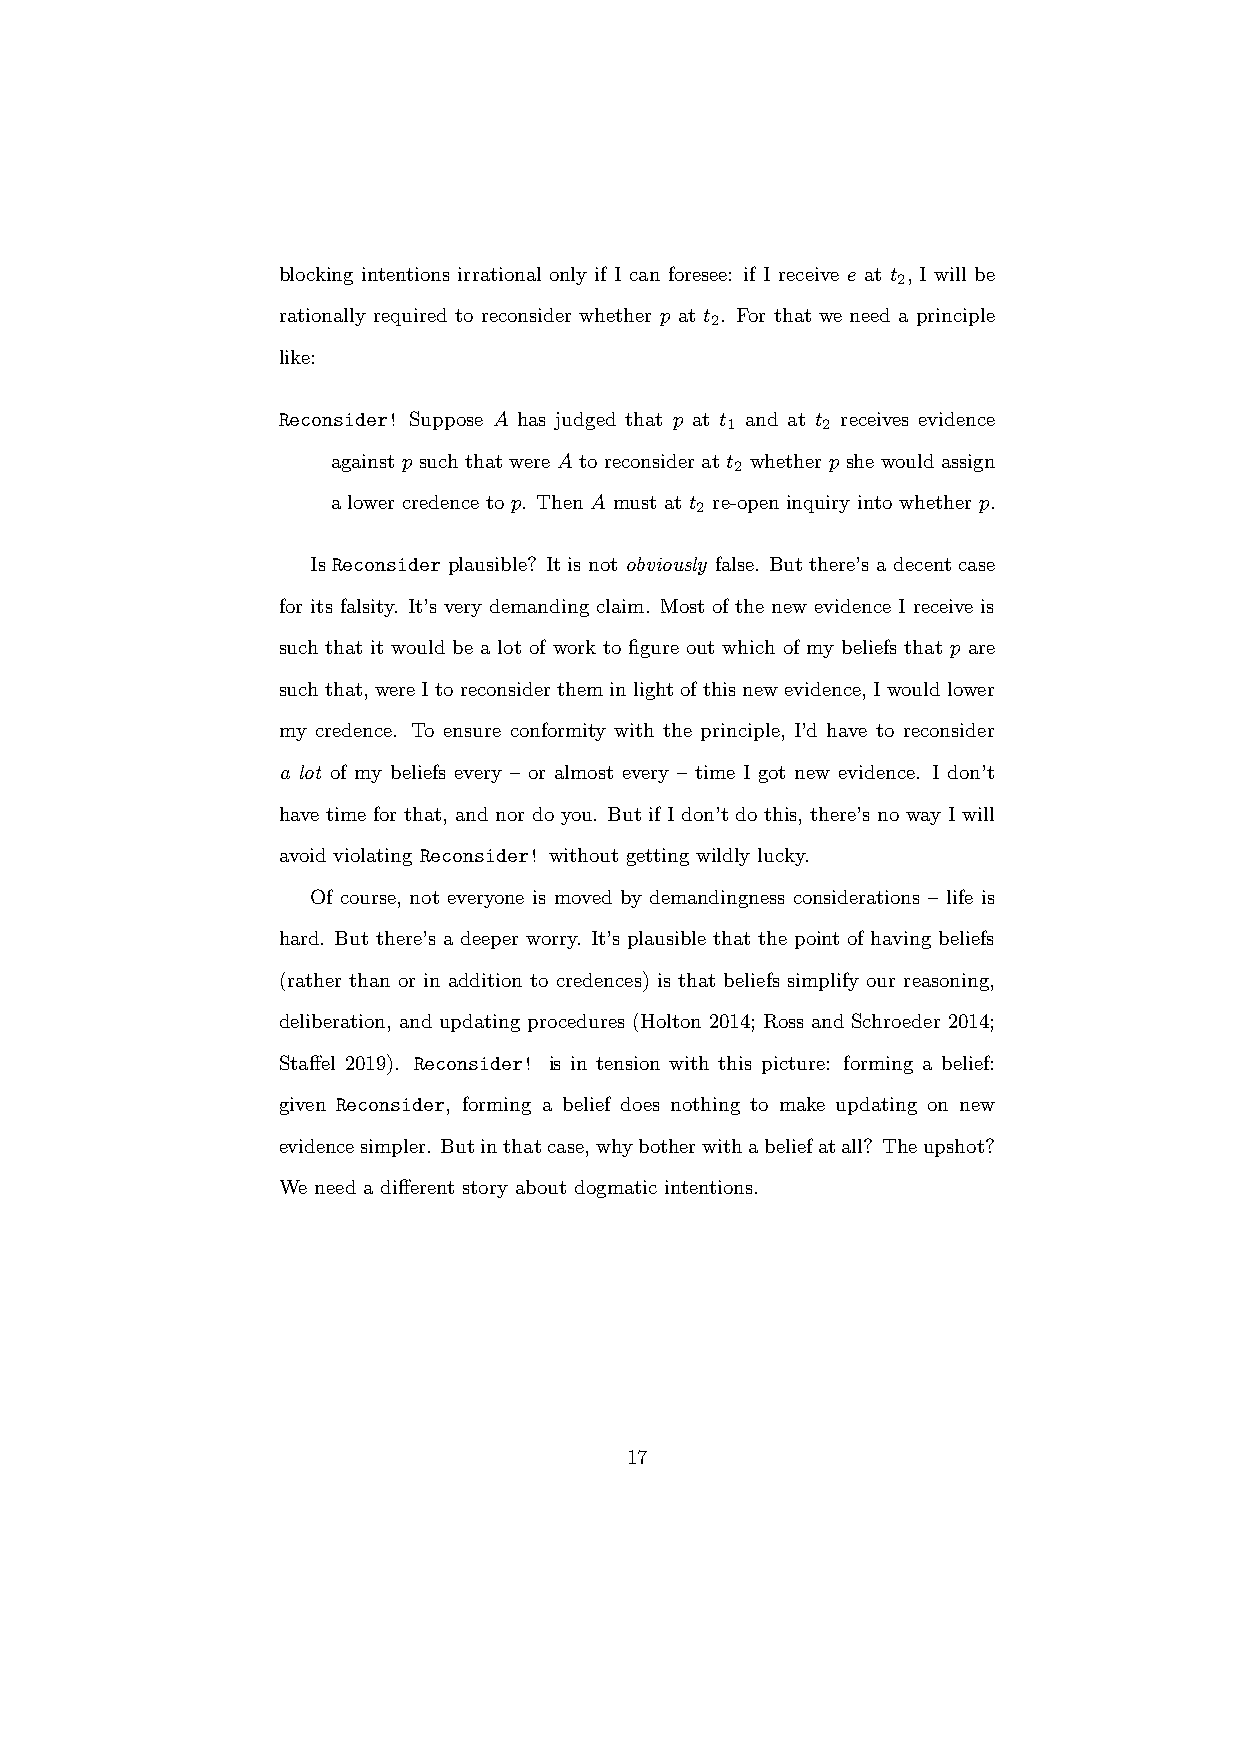
blocking intentions irrational only if I can foresee: if I receive e at t , I will be
 2
 rationally required to reconsider whether p at t . For that we need a principle
 2
 like:
 Reconsider! Suppose A has judged that p at t and at t receives evidence
 1     2
 against p such that were A to reconsider at t whether p she would assign
 2
 a lower credence to p. Then A must at t re-open inquiry into whether p.
 2
 Is Reconsider plausible? It is not obviously false. But there’s a decent case
 for its falsity. It’s very demanding claim. Most of the new evidence I receive is
 such that it would be a lot of work to figure out which of my beliefs that p are
 suchthat, wereItoreconsidertheminlightofthisnewevidence, Iwouldlower
 my credence. To ensure conformity with the principle, I’d have to reconsider
 a lot of my beliefs every – or almost every – time I got new evidence. I don’t
 have time for that, and nor do you. But if I don’t do this, there’s no way I will
 avoid violating Reconsider! without getting wildly lucky.
 Of course, not everyone is moved by demandingness considerations – life is
 hard. But there’s a deeper worry. It’s plausible that the point of having beliefs
 (rather than or in addition to credences) is that beliefs simplify our reasoning,
 deliberation, and updating procedures (Holton 2014; Ross and Schroeder 2014;
 Staffel 2019). Reconsider! is in tension with this picture: forming a belief:
 given Reconsider, forming a belief does nothing to make updating on new
 evidencesimpler. Butinthatcase,whybotherwithabeliefatall? Theupshot?
 We need a different story about dogmatic intentions.
 17